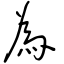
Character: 為